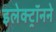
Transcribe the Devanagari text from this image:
इलेक्ट्रॉनने